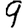
Digit: 9